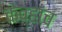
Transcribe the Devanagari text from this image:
केव्हांच